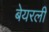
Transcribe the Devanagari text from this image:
बेयरली